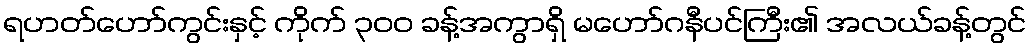
ရဟတ်ဟော်ကွင်းနှင့် ကိုက် ၃၀၀ ခန့်အကွာရှိ မဟော်ဂနီပင်ကြီး၏ အလယ်ခန့်တွင်